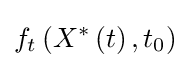
f_{t}\left(X^{\ast }\left(t\right),t_{0}\right)